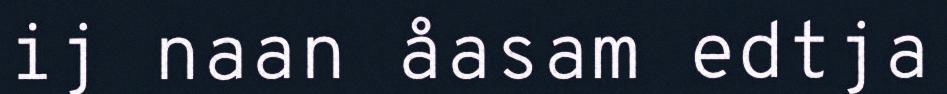
ij naan åasam edtja